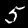
Digit: 5